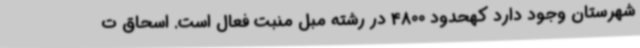
شهرستان وجود دارد کهحدود 4800 در رشته مبل منبت فعال است‌. اسحاق ت